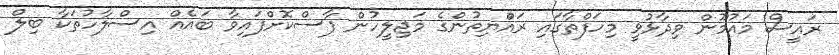
ރައީސް މައުމޫން ވިދާޅުވީ މިހަފްތާގައި ރައްުޔިތުންގެ މަޖިލީހުން ފާސްކޮށްފައިވާ ބައެއް އިސްލާހުތަކާ ބިލް